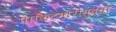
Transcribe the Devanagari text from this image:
पाकिटमारीसुद्धा